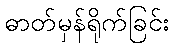
ဓာတ်မှန်ရိုက်ခြင်း